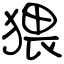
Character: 猥